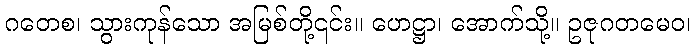
ဂတေစ၊ သွားကုန်သော အမြစ်တို့၎င်း။ ဟေဋ္ဌာ၊ အောက်သို့။ ဥဇုဂတမေဝ၊